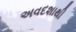
અવદશાથી